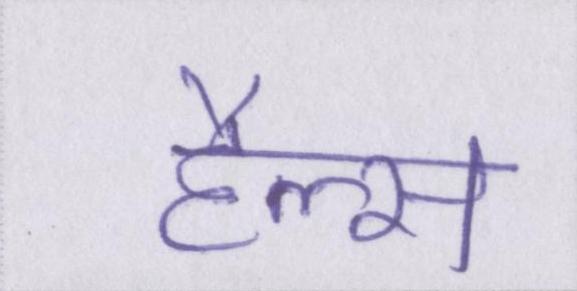
हैल्स